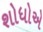
શોધોએ